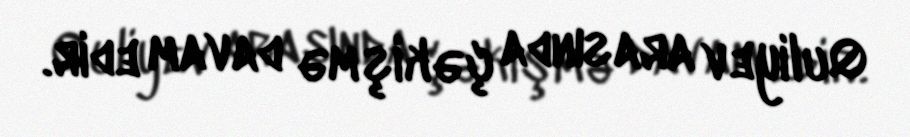
Quliyev arasında çəkişmə davam edir.